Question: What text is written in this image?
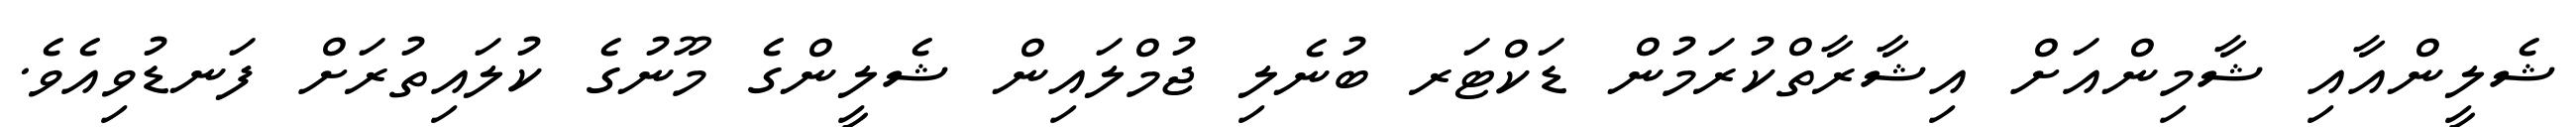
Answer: ޝެލީންއާއި ޝާމިންއަށް އިޝާރާތްކުރަމުން ޑަކްޓަރ ބުނެލި ޖުމްލައިން ޝެލީންގެ މޫނުގެ ކުލައިތުރަށް ފަނޑުވިއެވެ.